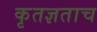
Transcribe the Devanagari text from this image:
कृतज्ञताच